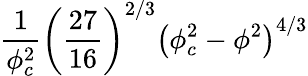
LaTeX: \frac{1}{\phi_{c}^{2}}\left(\frac{27}{16}\right)^{2/3}\left(\phi_{c}^{2}-\phi^{2}\right)^{4/3}